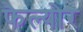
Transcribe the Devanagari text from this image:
फैल्योर